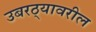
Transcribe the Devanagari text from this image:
उबरठ्यावरील